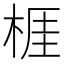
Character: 𣔦